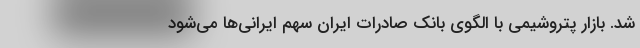
شد. بازار پتروشیمی با الگوی بانک صادرات ایران سهم ایرانی‌ها می‌شود